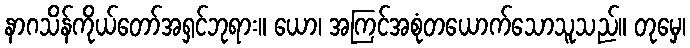
နာဂသိန်ကိုယ်တော်အရှင်ဘုရား။ ယော၊ အကြင်အစုံတယောက်သောသူသည်။ တုမှေ၊